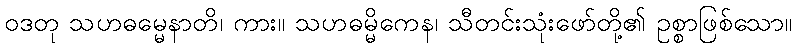
ဝဒတု သဟဓမ္မေနာတိ၊ ကား။ သဟဓမ္မိကေန၊ သီတင်းသုံးဖော်တို့၏ ဥစ္စာဖြစ်သော။